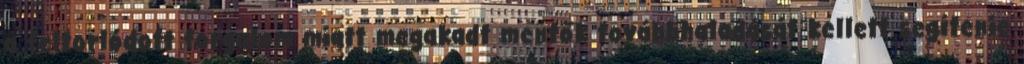
a feltorlódott forgalom miatt megakadt mentők továbbhaladását kellett segítenie